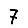
Digit: 7